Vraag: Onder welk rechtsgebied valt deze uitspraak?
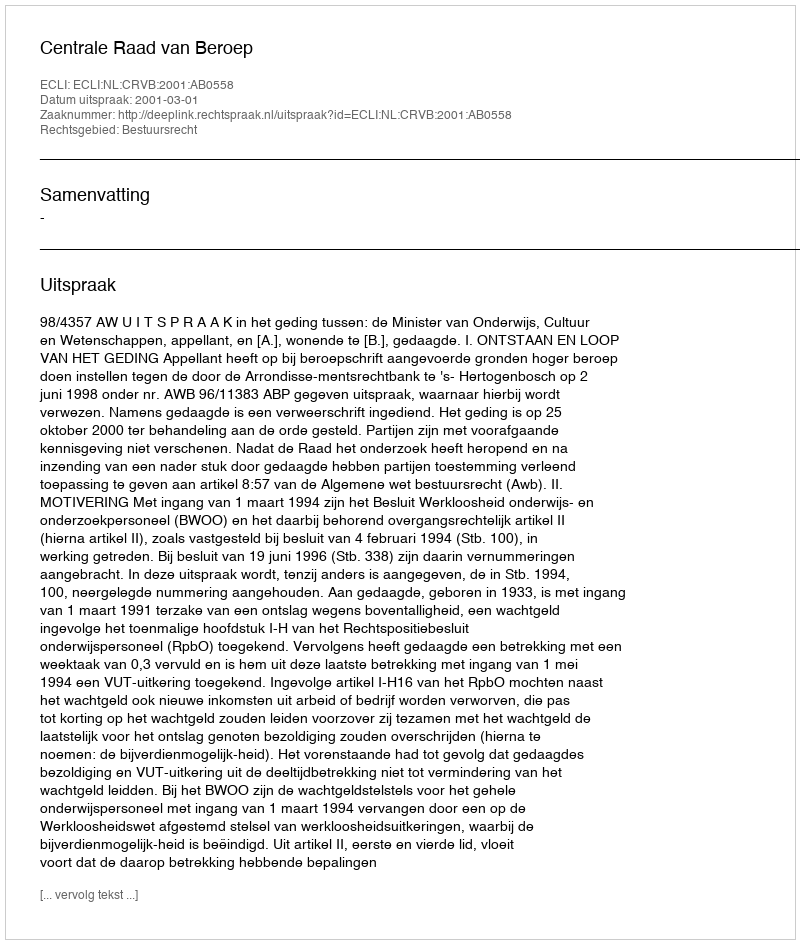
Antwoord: Bestuursrecht